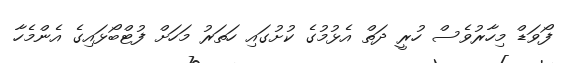
ފޯވަޑް މިހާރުވެސް ހުރީ ދަތް އެޅުމުގެ ކުށުގައި ހަތަރު މަހަށް ފުޓްބޯޅައިގެ އެންމެހާ